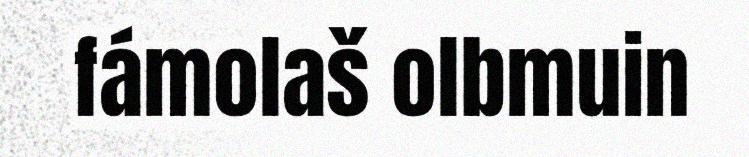
fámolaš olbmuin